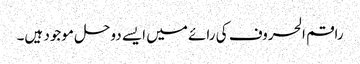
راقم الحروف کی رائے میں ایسے دوحل موجود ہیں۔